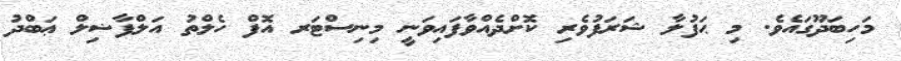
މަހިބަދޫގައެވެ. މި ޙަފުލާ ޝަރަފުވެރި ކޮށްދެއްވާފައިވަނީ މިނިސްޓަރ އޮފް ހެލްތު އަލްފާޟިލް ޢަބްދު